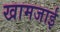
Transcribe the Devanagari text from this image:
खामजाई